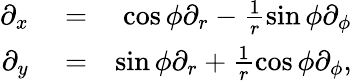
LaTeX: \begin{array}{rlr}{\partial_{x}}&{{}=}&{\cos\phi\partial_{r}-\frac{1}{r}\sin\phi\partial_{\phi}}\\ {\partial_{y}}&{{}=}&{\sin\phi\partial_{r}+\frac{1}{r}\cos\phi\partial_{\phi},}\end{array}